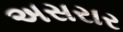
અસરાર